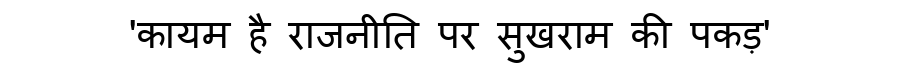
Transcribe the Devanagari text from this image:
'कायम है राजनीति पर सुखराम की पकड़'